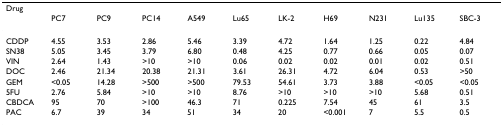
<table><thead><tr><td><b>Drug</b></td><td></td><td></td><td></td><td></td><td></td><td></td><td></td><td></td><td></td><td></td></tr><tr><td></td><td><b>PC7</b></td><td><b>PC9</b></td><td><b>PC14</b></td><td><b>A549</b></td><td><b>Lu65</b></td><td><b>LK-2</b></td><td><b>H69</b></td><td><b>N231</b></td><td><b>Lu135</b></td><td><b>SBC-3</b></td></tr></thead><tbody><tr><td>CDDP</td><td>4.55</td><td>3.53</td><td>2.86</td><td>5.46</td><td>3.39</td><td>4.72</td><td>1.64</td><td>1.25</td><td>0.22</td><td>4.84</td></tr><tr><td>SN38</td><td>5.05</td><td>3.45</td><td>3.79</td><td>6.80</td><td>0.48</td><td>4.25</td><td>0.77</td><td>0.66</td><td>0.05</td><td>0.07</td></tr><tr><td>VIN</td><td>2.64</td><td>1.43</td><td>&gt;10</td><td>&gt;10</td><td>0.06</td><td>0.02</td><td>0.02</td><td>0.01</td><td>0.02</td><td>0.51</td></tr><tr><td>DOC</td><td>2.46</td><td>21.34</td><td>20.38</td><td>21.31</td><td>3.61</td><td>26.31</td><td>4.72</td><td>6.04</td><td>0.53</td><td>&gt;50</td></tr><tr><td>GEM</td><td>&lt;0.05</td><td>14.28</td><td>&gt;500</td><td>&gt;500</td><td>79.53</td><td>54.61</td><td>3.73</td><td>3.88</td><td>&lt;0.05</td><td>&lt;0.05</td></tr><tr><td>5FU</td><td>2.76</td><td>5.84</td><td>&gt;10</td><td>&gt;10</td><td>8.76</td><td>&gt;10</td><td>&gt;10</td><td>&gt;10</td><td>5.68</td><td>0.51</td></tr><tr><td>CBDCA</td><td>95</td><td>70</td><td>&gt;100</td><td>46.3</td><td>71</td><td>0.225</td><td>7.54</td><td>45</td><td>61</td><td>3.5</td></tr><tr><td>PAC</td><td>6.7</td><td>39</td><td>34</td><td>51</td><td>34</td><td>20</td><td>&lt;0.001</td><td>7</td><td>5.5</td><td>0.5</td></tr></tbody></table>